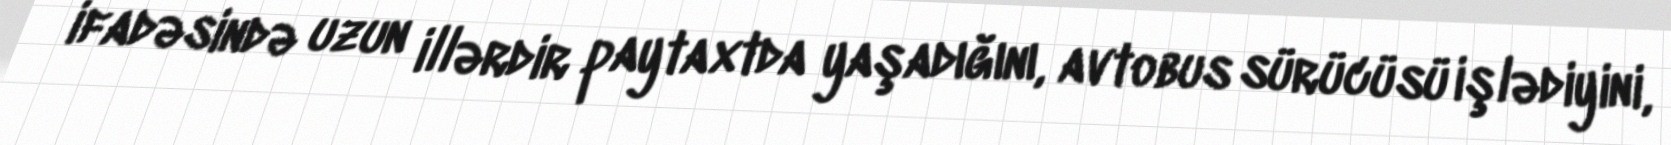
ifadəsində uzun illərdir paytaxtda yaşadığını, avtobus sürücüsü işlədiyini,